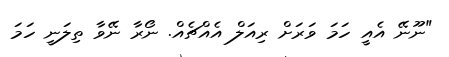
"ނޫނޭ އެއީ ހަމަ ވަރަށް ރިއަލް އެއްޗެއް. ނޯރާ ނޭވާ ތިލަނީ ހަމަ